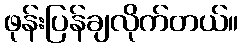
ဖုန်းပြန်ချလိုက်တယ်။